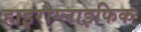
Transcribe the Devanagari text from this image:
हाइरौग्लाइफिक